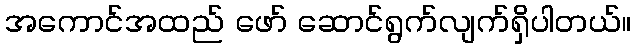
အကောင်အထည် ဖော် ဆောင်ရွက်လျက်ရှိပါတယ်။